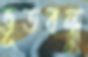
ভূতবন্ধু